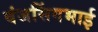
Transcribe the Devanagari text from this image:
वंजसिंगभाई